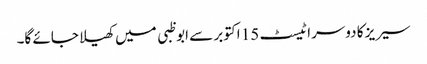
سیریز کا دوسرا ٹیسٹ 15 اکتوبر سے ابوظبی میں کھیلا جائے گا۔